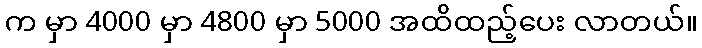
က မှာ 4000 မှာ 4800 မှာ 5000 အထိထည့်ပေး လာတယ်။